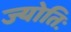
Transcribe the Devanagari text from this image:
ज्योतिः